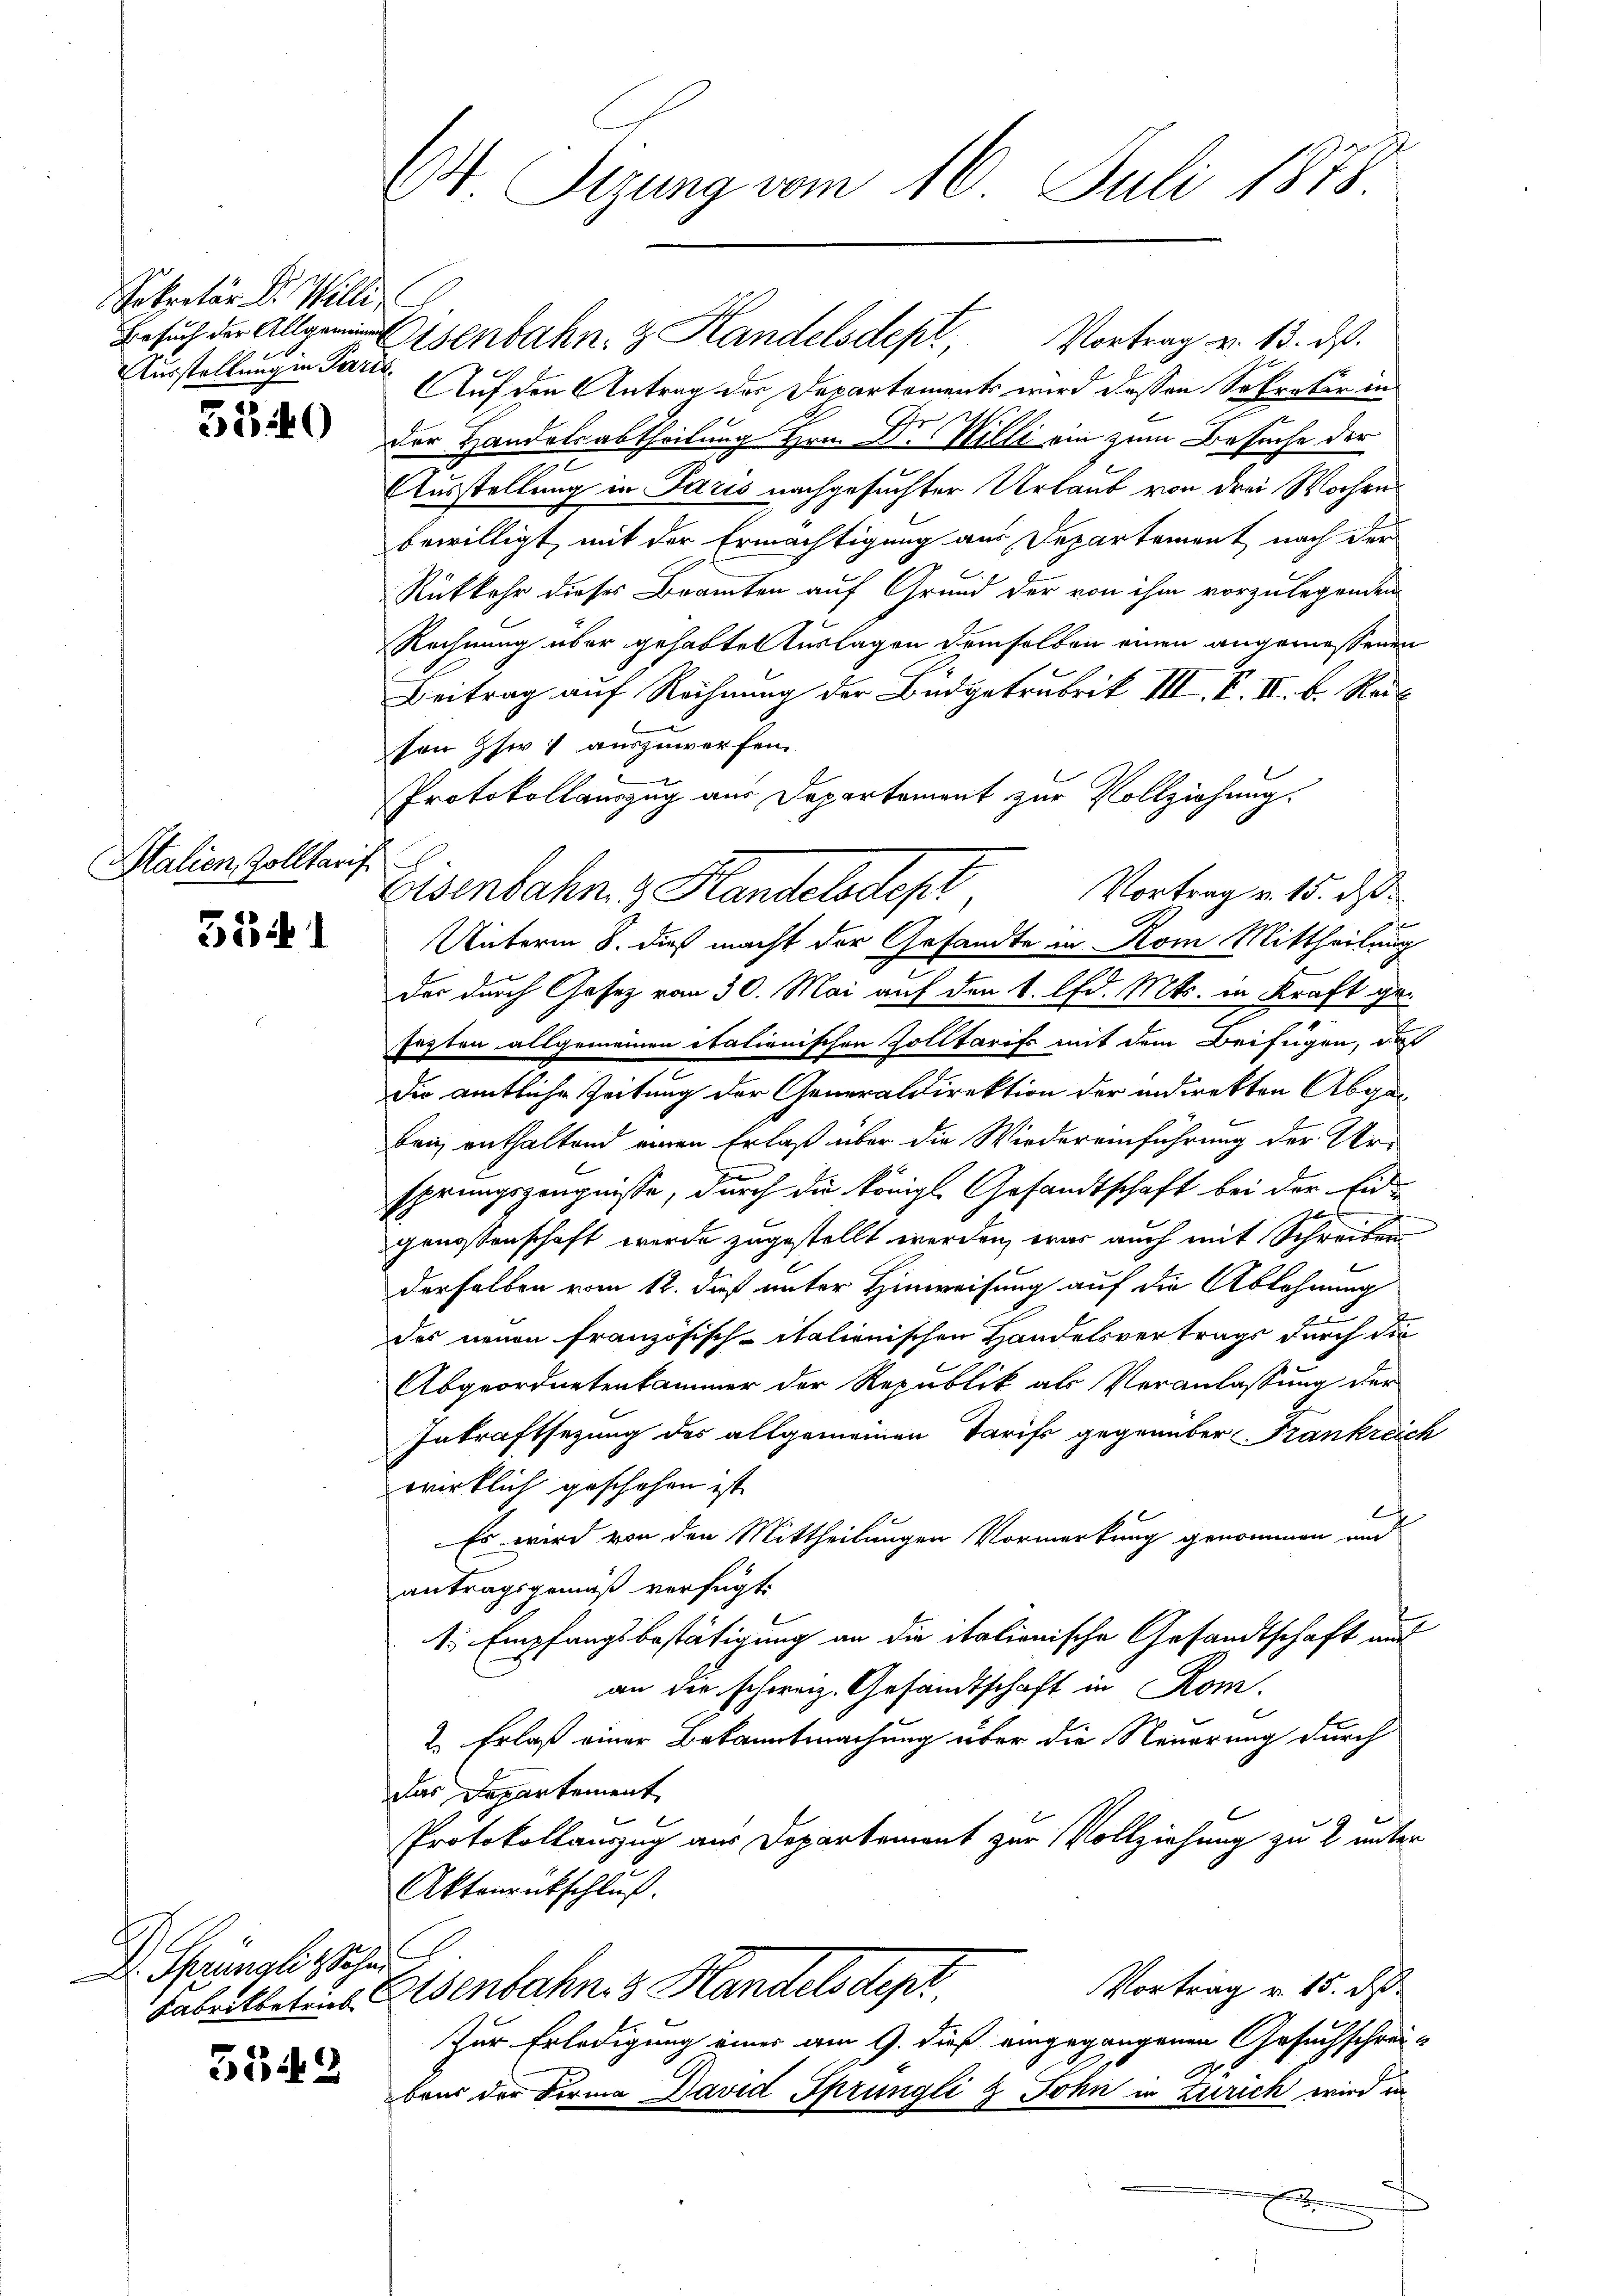
Sekretär Dr. Willi
Ausstellung in Paris

3340

Italien, Zolltarif

5541

Dr. Sprünglischen

5542

V Sizung vom 16. Juli 1878

Auf den Antrag der Departements wird dessen Sekretär in
Der Handelsabtheilung Hrn. Dr. Willi ein zum Besuche der
Ausstellung in Paris nachgesuchter Urlaub von drei Wochen
bewilligt mit der Ermächtigung aus Departement nach der
Rükkehr dieses Beamten auf Grund der von ihm vorzulegenden
Rechnung über gehabten Auslagen demselben einen angemessenen
Beitrag auf Rechnung der Budgetrubrik III. B. II. b. Rei
ten Iser, auszuwerfen.

Protokollauszug aus Departement zur Vollziehung.
Vortrag v. 15. d.
Unterm 8. dieß macht der Gesandte in Rom Mittheilung
Der durch Gesetz vom 30. Mai auf den k. lfd. Mts. in Kraft gesezten allgemeinen itationischen Zolltarifs mit dem Beifügen, das
Die amtliche Zeitung der Generaldirektion der indirekten Abge¬
Bei enthaltend einen Erlaß über die Wiedereinführung der Ur-
sprungszeugnisse, durch die königl. Gesandtschaft bei der Eid-
genossenschaft werde zugestellt werden, war auch mit Schreiben
derselben vom 12. dieß unter Hinweisung auf die Ablehnung
des neuen französisch-italienischen Handelsvertrags durch die
Abgeordnetenkammer der Republik als Veranlassung der
Inkraftsezung des allgemeinen Tarifs gegenüber Frankreich
wirklich geschehen ist.
c
Es wird von den Mittheilungen Vormerkung genommen und
antragsgemäß verfügt:
1: Empfangsbestätigung an die italionische Gesandtschaft auf
an die schweiz. Gesandtschaft in Rom.
2. Erlaß einer Bekanntmachung über die Neuerung durch
Das Departement
Protokollanzzug aus Departement zur Vollziehung zu 2 unter
Aktenrückschluß.
Vortrag v. 15. d.
Fabrikbeteins Elsenbahn. Handels depr
Zur Erledigung einer am 9. dieß eingegangenen Gesuchschreibris der Forma David Sprüngli & John in Zürich wird in
x

Besŭch der Allgen Eisenbahn & Handelsdept, Vortrag v. 13. ds.

Eisenbahn & Handelsdept